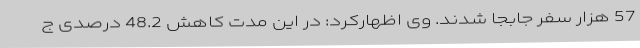
57 هزار سفر جابجا شدند. وی اظهارکرد: در این مدت کاهش 48.2 درصدی ج